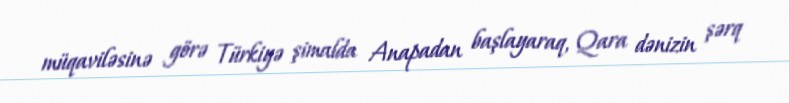
müqaviləsinə görə Türkiyə şimalda Anapadan başlayaraq, Qara dənizin şərq